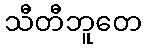
သီတီဘူတေ